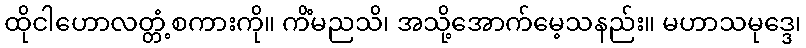
ထိုငါဟောလတ္တံ့စကားကို။ ကိံမညသိ၊ အသို့အောက်မေ့သနည်း။ မဟာသမုဒ္ဒေ၊